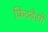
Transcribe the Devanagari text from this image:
फ्रिक्‍वेंसी